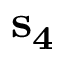
{ \bf s _ { 4 } }